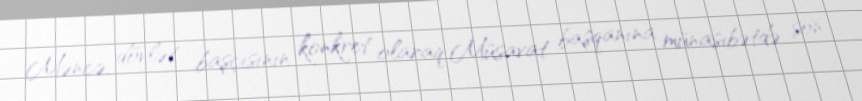
Məncə, dövlət başçısının konkret olaraq Müsavat başqanına münasibətdə son